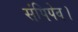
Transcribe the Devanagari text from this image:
संपिपेव।